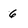
Character: 6